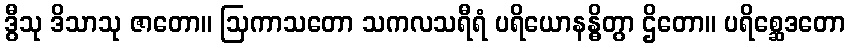
ဒွီသု ဒိသာသု ဇာတော။ ဩကာသတော သကလသရီရံ ပရိယောနန္ဓိတွာ ဌိတော။ ပရိစ္ဆေဒတော